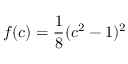
f ( c ) = \frac { 1 } { 8 } ( c ^ { 2 } - 1 ) ^ { 2 }